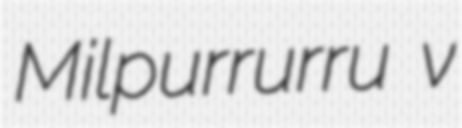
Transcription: Milpurrurru v